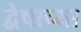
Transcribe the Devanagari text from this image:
द्वेषाच्या